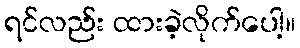
ရင်လည်း ထားခဲ့လိုက်ပေါ့။